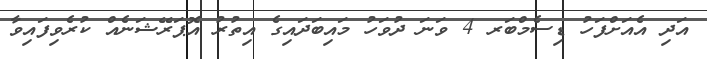
އަދި އެއަށްފަހު ޑިސެމްބަރ 4 ވަނަ ދުވަހު މައިބަދައިގެ އިތުރު އޮޕަރޭޝަނެއް ކުރެވިފައިވާ